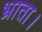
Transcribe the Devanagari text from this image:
भ्राता।